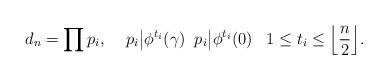
LaTeX: \begin{align*}{} d_n=\prod p_i,\;\;\;\; p_i\big\vert\phi^{t_i}(\gamma)\;\; p_i\big\vert\phi^{t_i}(0)\;\; \; 1\leq t_i\leq\Big\lfloor \frac{n}{2}\Big\rfloor. \end{align*}